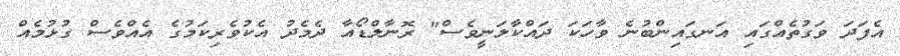
އެފަދަ ވަގުތެއްގައި އަނގައިންބުނެ ވާހަކަ ދައްކާލަނީވެސް" ރޮނާލްޑޯއާ ދެމެދު އެކުވެރިކަމުގެ އެއްވެސް ގުޅުމެއް